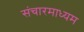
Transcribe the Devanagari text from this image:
संचारमाध्यम